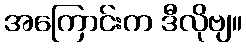
အကြောင်းက ဒီလိုဗျ။